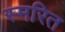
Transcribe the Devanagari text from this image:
स्मरित